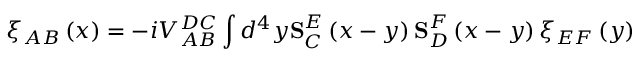
\xi _ { A B } \left( x \right) = - i V _ { A B } ^ { D C } \int d ^ { 4 } y \mathbf { S } _ { C } ^ { E } \left( x - y \right) \mathbf { S } _ { D } ^ { F } \left( x - y \right) \xi _ { E F } \left( y \right)